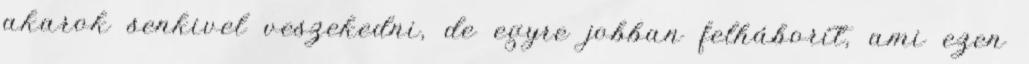
akarok senkivel veszekedni, de egyre jobban felháborí­t, ami ezen